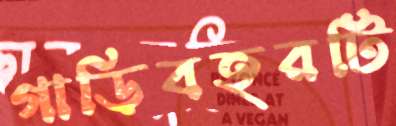
গাড়িবহরটি